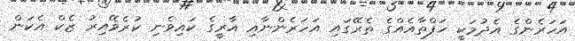
އަހަރެންގެ އެދުމަކީ ހަފްތާއެއްގެ ތެރޭގައި އަހަރެންނާއި އާރީގެ ކައިވެނި ކުރެވޭއިރު ޒެކް އެކަން